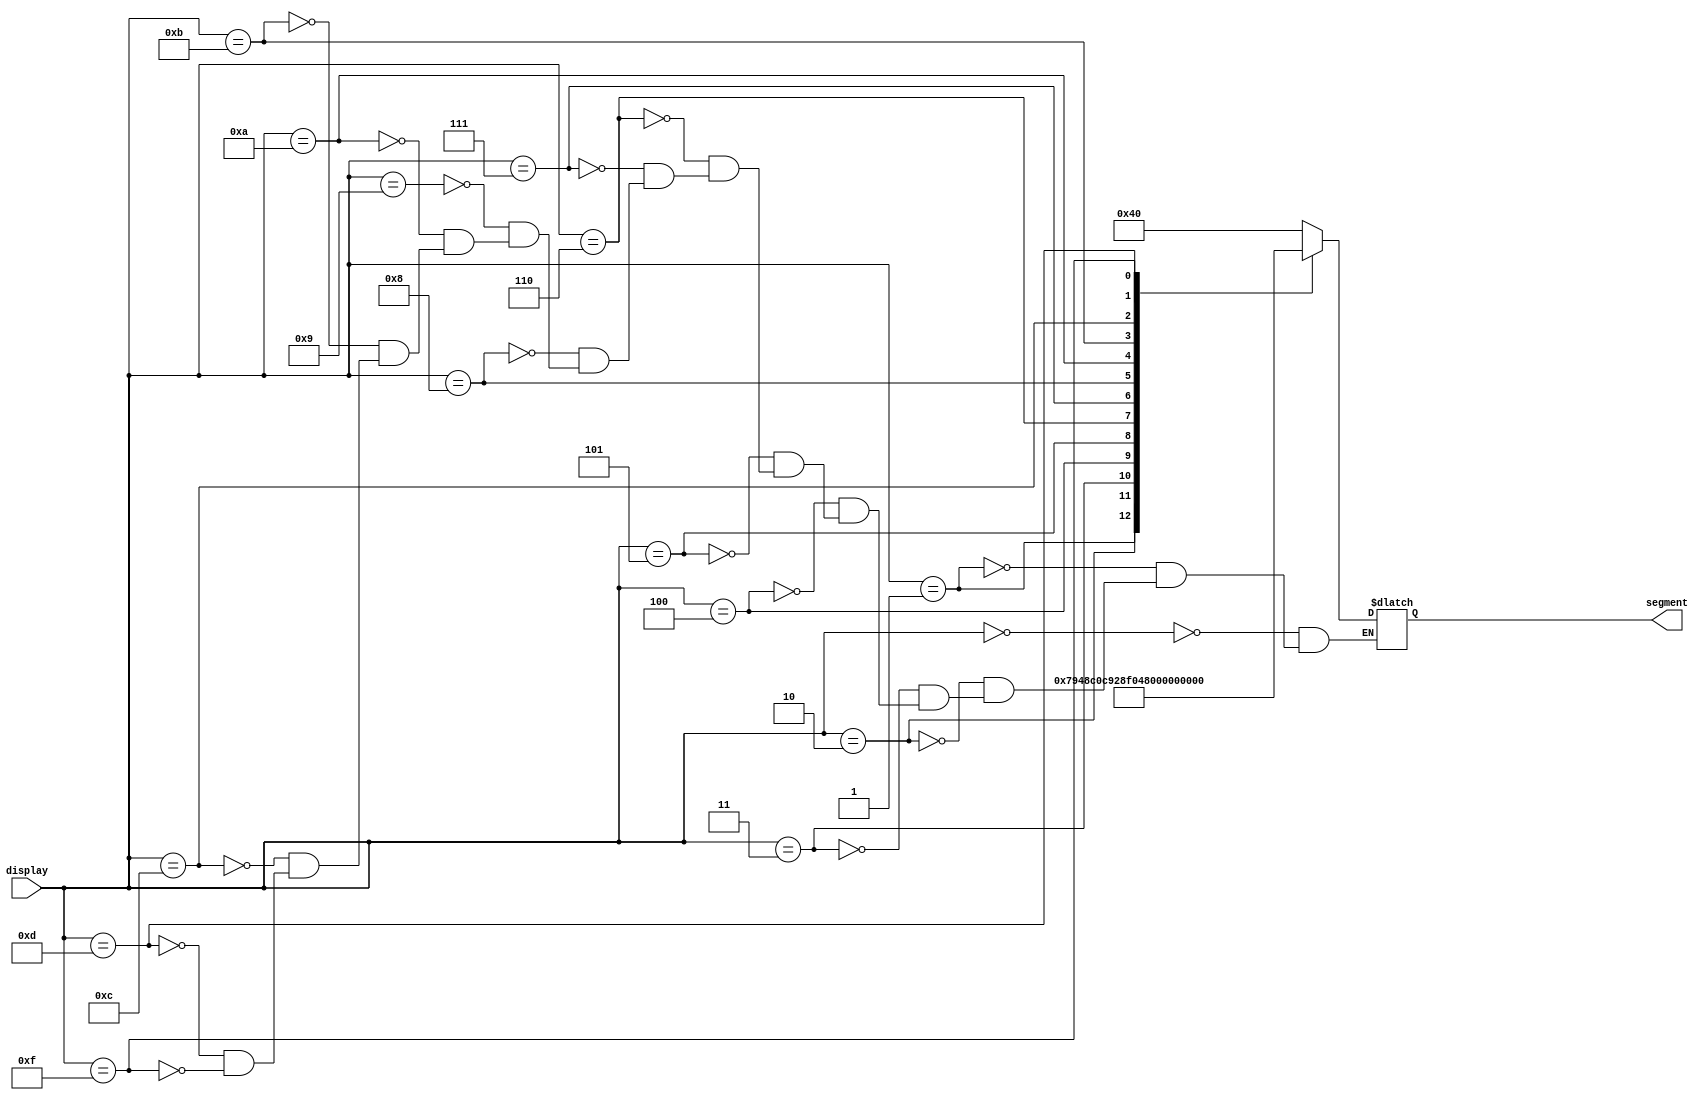
`timescale 1ns / 1ns
module seven_seg(
    input [3:0] display,
    output reg [6:0] segment
    );
    always @(display)
    begin
    case(display)
    //set 0-5
    0: segment = 7'b1000000; //0
    1: segment = 7'b1111001; //1
    2: segment = 7'b0100100; //2
    3: segment = 7'b0110000; //3
    4: segment = 7'b0011001; //4
    5: segment = 7'b0010010; //5
    //set FULL
    6: segment = 7'b1000111; //L
    7: segment = 7'b1000001; //U
    8: segment = 7'b0001110; //F
    //set OPEn
    9: segment = 7'b1000000; //O
   10: segment = 7'b0001100; //P
   11: segment = 7'b0000110; //E
   12: segment = 7'b0101011; //n
   //set =
   13: segment = 7'b0110111; //=
   15: segment = 7'b1111111; // space
    endcase
    end
endmodule